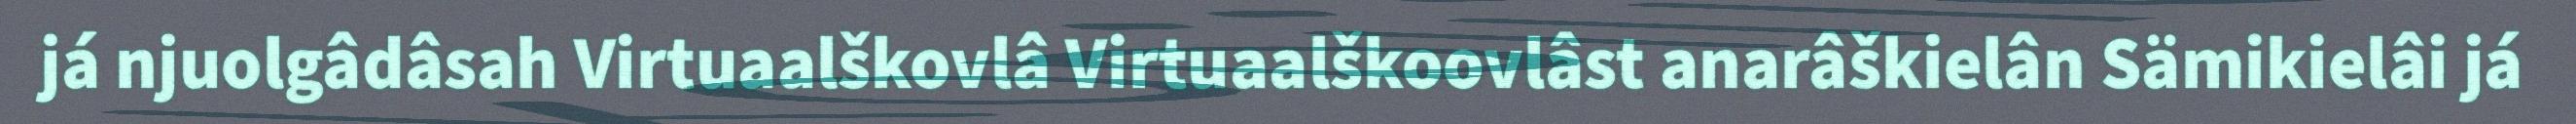
já njuolgâdâsah Virtuaalškovlâ Virtuaalškoovlâst anarâškielân Sämikielâi já